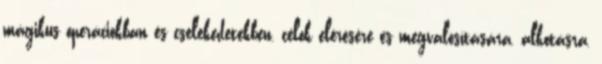
mágikus operációkban és cselekedetekben, célok elérésére és megvalósítására,alkotásra,